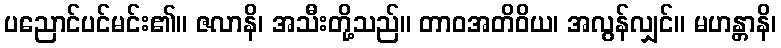
ပညောင်ပင်မင်း၏။ ဇလာနိ၊ အသီးတို့သည်။ တာဝအတိဝိယ၊ အလွန်လျှင်။ မဟန္တာနိ၊